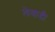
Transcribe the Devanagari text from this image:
लेवादी